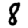
Digit: 8